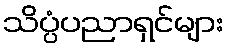
သိပ္ပံပညာရှင်များ